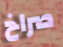
صراخ